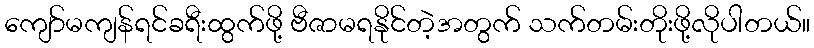
ကျော်မကျန်ရင်ခရီးထွက်ဖို့ ဗီဇာမရနိုင်တဲ့အတွက် သက်တမ်းတိုးဖို့လိုပါတယ်။